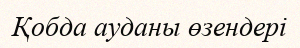
Қобда ауданы өзендері